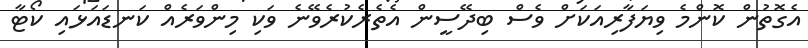
އެގޮތުން ކޮންމެ ވިޔަފާރިއަކަށް ވެސް ބިދޭސީން އެތެރެކުރެވޭނެ ވަކި މިންވަރެއް ކަނޑައަޅައި ކޯޓާ